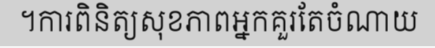
។ការពិនិត្យសុខភាពអ្នកគួរតែចំណាយ